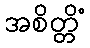
အစိတ္တိံ